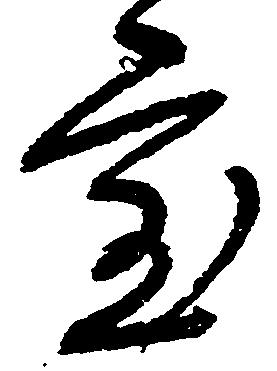
室